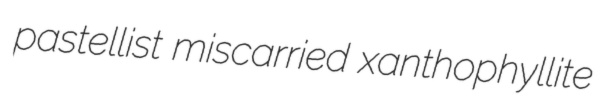
pastellist miscarried xanthophyllite